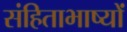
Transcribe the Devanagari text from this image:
संहिताभाष्यों